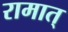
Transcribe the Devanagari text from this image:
रामात्